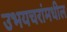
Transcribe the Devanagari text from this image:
उभयचरांमधील